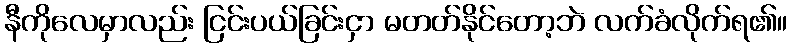
နီကိုလေမှာလည်း ငြင်းပယ်ခြင်းငှာ မတတ်နိုင်တော့ဘဲ လက်ခံလိုက်ရ၏။